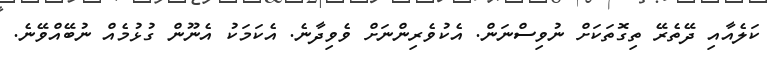
ކަލެއާއި ދޭތެރޭ ތިގޮތަކަށް ނުވިސްނަން. އެކުވެރިންނަށް ވެވިދާނެ. އެކަމަކު އެނޫން ގުޅުމެއް ނުބޭއްވޭނެ.